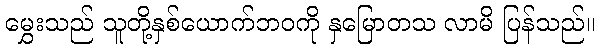
မွှေးသည် သူတို့နှစ်ယောက်ဘဝကို နှမြောတသ လာမိ ပြန်သည်။